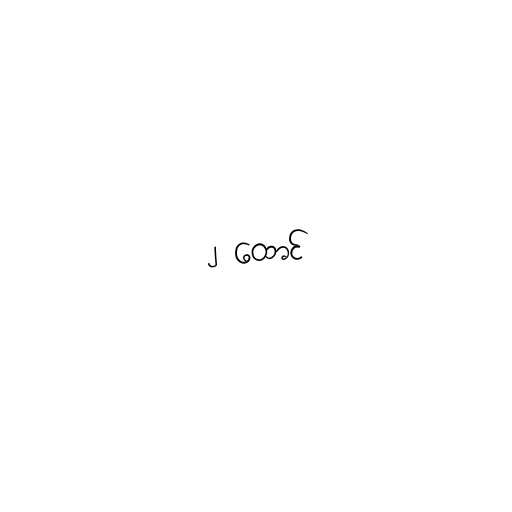
၂ ထောင်